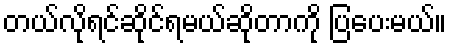
တယ်လိုရင်ဆိုင်ရမယ်ဆိုတာကို ပြပေးမယ်။